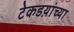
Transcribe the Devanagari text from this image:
टेकडय़ांच्या